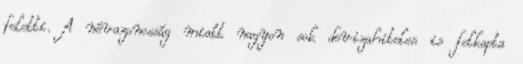
feletti. A névazonosság miatt nagyon sok devizahiteles is felkapta